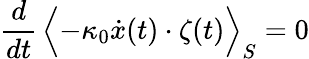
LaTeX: \frac{d}{dt}\, \Bigl<-\kappa_{0}\dot{x}(t)\cdot\zeta(t)\Bigr>_{S}=0